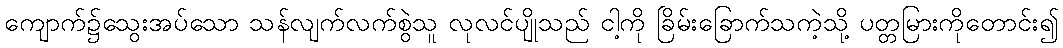
ကျောက်၌သွေးအပ်သော သန်လျက်လက်စွဲသူ လုလင်ပျိုသည် ငါ့ကို ခြိမ်းခြောက်သကဲ့သို့ ပတ္တမြားကိုတောင်း၍